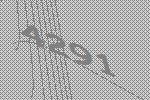
4291